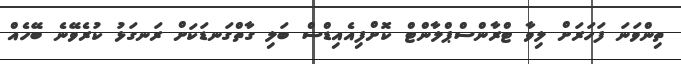
ތިންވަނަ ފަހަރަށް ލިވާ ޓްރާންސްޕްލާންޓް ކޮށްފިއެއިޑްސް ބަލި ގާތްގަނޑަކަށް ރަނގަޅު ކުރެވޭނެ ބޭހެއް